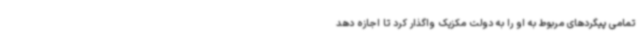
تمامی پیگردهای مربوط به او را به دولت مکزیک واگذار کرد تا اجازه دهد